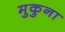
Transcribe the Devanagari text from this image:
मुकुना